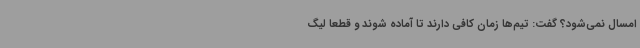
امسال نمی‌شود؟ گفت: تیم‌ها زمان کافی دارند تا آماده شوند و قطعا لیگ